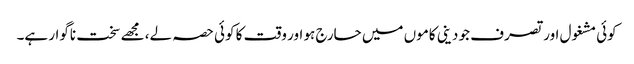
کوئی مشغول اور تصرف جو دینی کاموں میں حارج ہو اور وقت کا کوئی حصہ لے، مجھے سخت ناگوار ہے۔